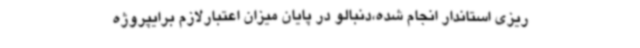
ریزی استاندار انجام شده،دنبالو در پایان میزان اعتبارلازم برایپروژه